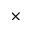
\times